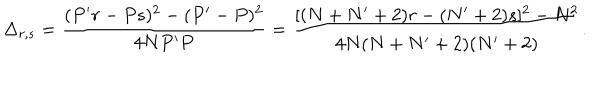
LaTeX: \Delta _ { r , s } = \frac { ( P ^ { \prime } r - P s ) ^ { 2 } - ( P ^ { \prime } - P ) ^ { 2 } } { 4 N P ^ { \prime } P } = \frac { [ ( N + N ^ { \prime } + 2 ) r - ( N ^ { \prime } + 2 ) s ] ^ { 2 } - N ^ { 2 } } { 4 N ( N + N ^ { \prime } + 2 ) ( N ^ { \prime } + 2 ) } .